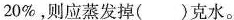
20%，则应蒸发掉( )克水。